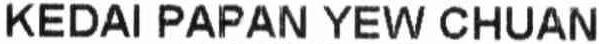
KEDAI PAPAN YEW CHUAN